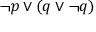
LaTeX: \neg p \lor ( q \lor \neg q )